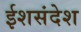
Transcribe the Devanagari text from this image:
ईशसंदेश